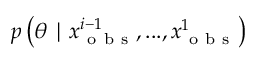
p \left( \theta \mid x _ { \mathrm { ~ o ~ b ~ s ~ } } ^ { i - 1 } , . . . , x _ { \mathrm { ~ o ~ b ~ s ~ } } ^ { 1 } \right)